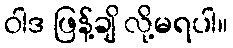
ဝါဒ ဖြန့်ချိ လို့မရပါ။